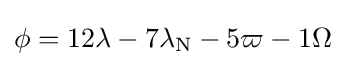
\phi ={\rm {12\lambda -{\rm {7\lambda _{\rm {N}}-{\rm {5\varpi -{\rm {1\Omega }}}}}}}}